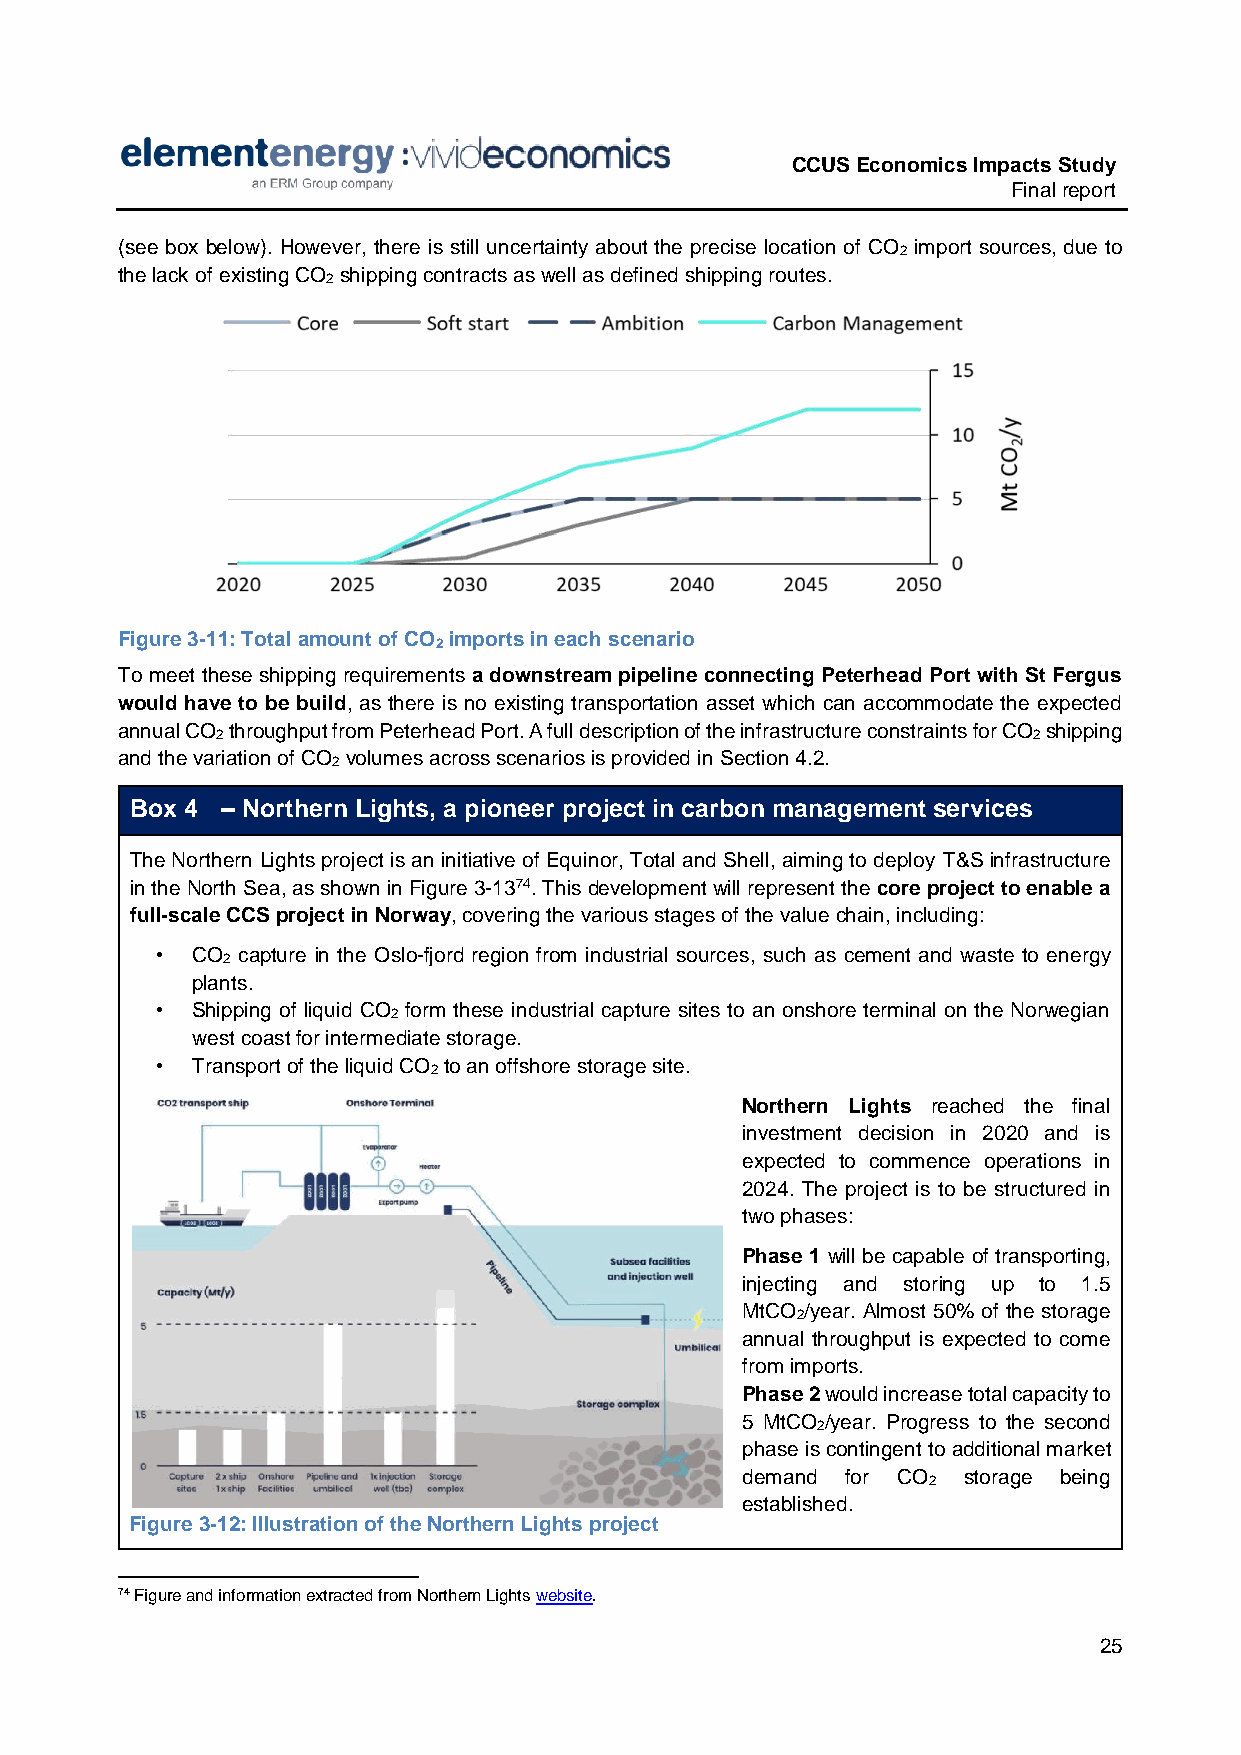
CCUS Economics Impacts Study
 Final report
 (see box below). However, there is still uncertainty about the precise location of CO import sources, due to
 2
 the lack of existing CO shipping contracts as well as defined shipping routes.
 2
 Figure 3-11: Total amount of CO imports in each scenario
 2
 To meet these shipping requirements a downstream pipeline connecting Peterhead Port with St Fergus
 would have to be build, as there is no existing transportation asset which can accommodate the expected
 annual CO throughput from Peterhead Port. A full description of the infrastructure constraints for CO shipping
 2                                                     2
 and the variation of CO volumes across scenarios is provided in Section 4.2.
 2
 Box 4 – Northern Lights, a pioneer project in carbon management services
 The Northern Lights project is an initiative of Equinor, Total and Shell, aiming to deploy T&S infrastructure
 in the North Sea, as shown in Figure 3-1374. This development will represent the core project to enable a
 full-scale CCS project in Norway, covering the various stages of the value chain, including:
 •  CO capture in the Oslo-fjord region from industrial sources, such as cement and waste to energy
 2
 plants.
 •  Shipping of liquid CO form these industrial capture sites to an onshore terminal on the Norwegian
 2
 west coast for intermediate storage.
 •  Transport of the liquid CO to an offshore storage site.
 2
 Northern Lights reached the final
 investment decision in 2020 and is
 expected to commence operations in
 2024. The project is to be structured in
 two phases:
 Phase 1 will be capable of transporting,
 injecting and storing up to 1.5
 MtCO /year. Almost 50% of the storage
 2
 annual throughput is expected to come
 from imports.
 Phase 2 would increase total capacity to
 5 MtCO /year. Progress to the second
 2
 phase is contingent to additional market
 demand for CO  storage being
 2
 established.
 Figure 3-12: Illustration of the Northern Lights project
 74 Figure and information extracted from Northern Lights website.
 25